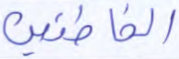
الخاطئين